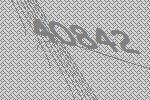
40842